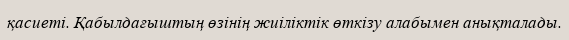
қасиеті. Қабылдағыштың өзінің жиіліктік өткізу алабымен анықталады.